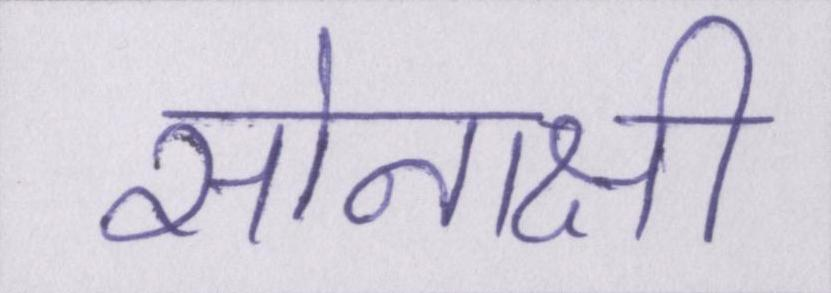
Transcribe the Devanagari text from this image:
सोनाक्षी